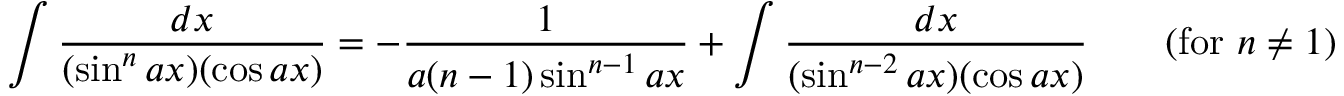
\int { \frac { d x } { ( \sin ^ { n } a x ) ( \cos a x ) } } = - { \frac { 1 } { a ( n - 1 ) \sin ^ { n - 1 } a x } } + \int { \frac { d x } { ( \sin ^ { n - 2 } a x ) ( \cos a x ) } } \qquad { \mathrm { ( f o r ~ } } n \neq 1 { \mathrm { ) } }